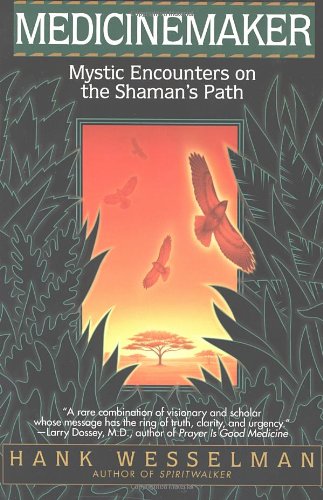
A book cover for Medicinemaker; Hank Wesselman; Religion & Spirituality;